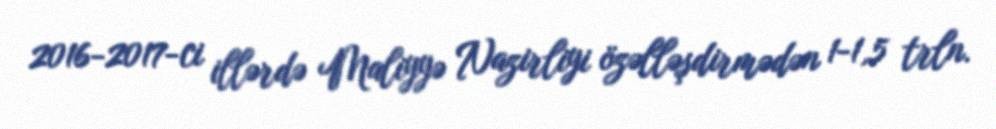
2016-2017-ci illərdə Maliyyə Nazirliyi özəlləşdirmədən 1-1,5 trln.